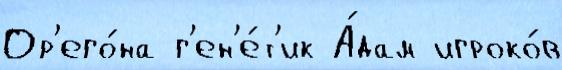
Ор'его́на г'ен'е́т'ик А́дам игроко́в